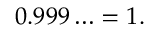
0 . 9 9 9 \ldots = 1 .